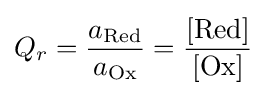
Q_{r}={\frac {a_{\text{Red}}}{a_{\text{Ox}}}}={\frac {[\operatorname {Red} ]}{[\operatorname {Ox} ]}}